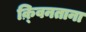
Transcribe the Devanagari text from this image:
क़्विनताना